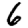
Digit: 6